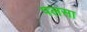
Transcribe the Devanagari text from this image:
पलसा